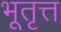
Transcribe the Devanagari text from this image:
भूतृत्त